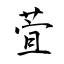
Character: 萓